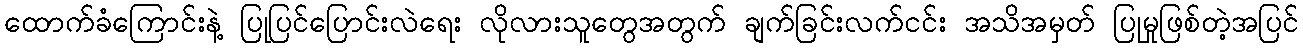
ထောက်ခံကြောင်းနဲ့ ပြုပြင်ပြောင်းလဲရေး လိုလားသူတွေအတွက် ချက်ခြင်းလက်ငင်း အသိအမှတ် ပြုမှုဖြစ်တဲ့အပြင်